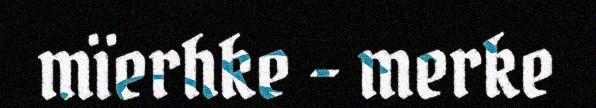
mïerhke – merke